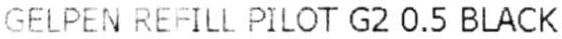
GELPEN REFILL PILOT G2 0.5 BLACK